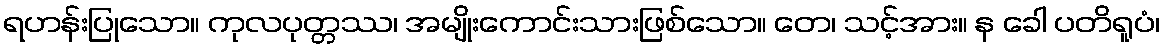
ရဟန်းပြုသော။ ကုလပုတ္တဿ၊ အမျိုးကောင်းသားဖြစ်သော။ တေ၊ သင့်အား။ န ခေါ ပတိရူပံ၊